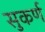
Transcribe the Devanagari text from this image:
सुकर्ण